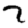
Digit: 7